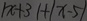
\vert x + 3 \vert + \vert x - 5 \vert